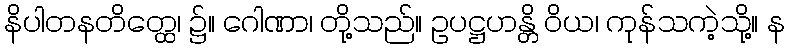
နိပါတနတိတ္ထေ၊ ၌။ ဂေါဏာ၊ တို့သည်။ ဥပဋ္ဌဟန္တိ ဝိယ၊ ကုန်သကဲ့သို့။ န